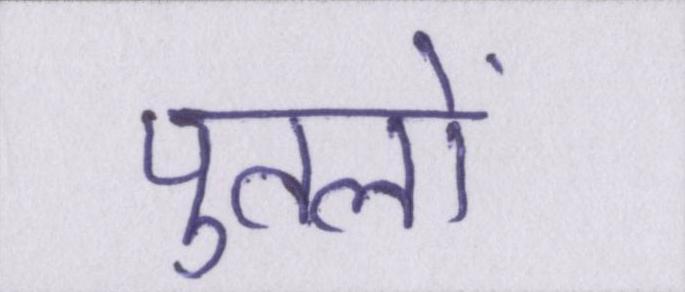
पुतलों